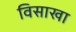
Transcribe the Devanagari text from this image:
विसाखा